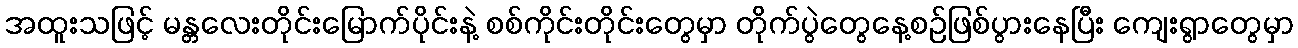
အထူးသဖြင့် မန္တလေးတိုင်းမြောက်ပိုင်းနဲ့ စစ်ကိုင်းတိုင်းတွေမှာ တိုက်ပွဲတွေနေ့စဉ်ဖြစ်ပွားနေပြီး ကျေးရွာတွေမှာ